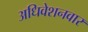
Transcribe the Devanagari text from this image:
अधिवेशनवार